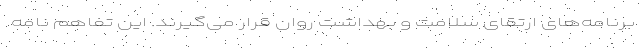
برنامه‌های ارتقای سلامت و بهداشت روان قرار می‌گیرند. این تفاهم نامه